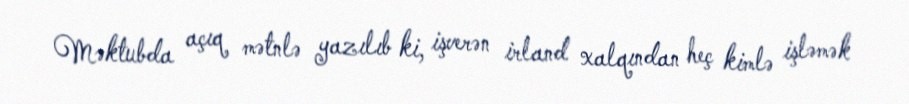
Məktubda açıq mətnlə yazılıb ki, işverən irland xalqından heç kimlə işləmək